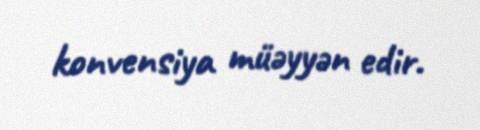
konvensiya müəyyən edir.